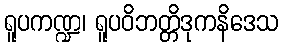
ရူပကဏ္ဍ၊ ရူပဝိဘတ္တိဒုကနိဒေသ